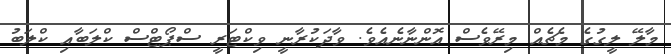
މާލޭ ލީގުގެ މެޗެއް މިރޭވެސް އޮންނާނެއެވެ. ވާދަކުރާނީ ވިކްޓަރީ ސްޕޯޓްސް ކްލަބާއި ކްލަބު